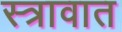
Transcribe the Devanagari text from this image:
स्त्रावात